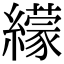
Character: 𦆟